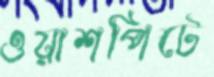
ওয়াশপিটে